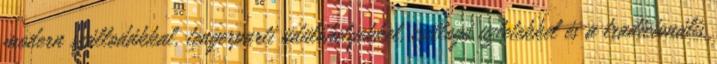
modern szállodákkal, tengerparti üdülőhelyekkel, csillogó üzletekkel és a tradicionális